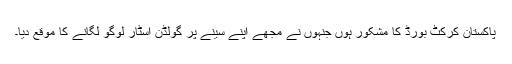
پاکستان کرکٹ بورڈ کا مشکور ہوں جنہوں نے مجھے اپنے سینے پر گولڈن اسٹار لوگو لگانے کا موقع دیا۔